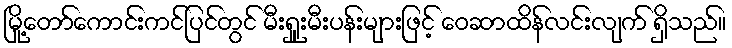
မြို့တော်ကောင်းကင်ပြင်တွင် မီးရှူးမီးပန်းများဖြင့် ဝေဆာထိန်လင်းလျက် ရှိသည်။